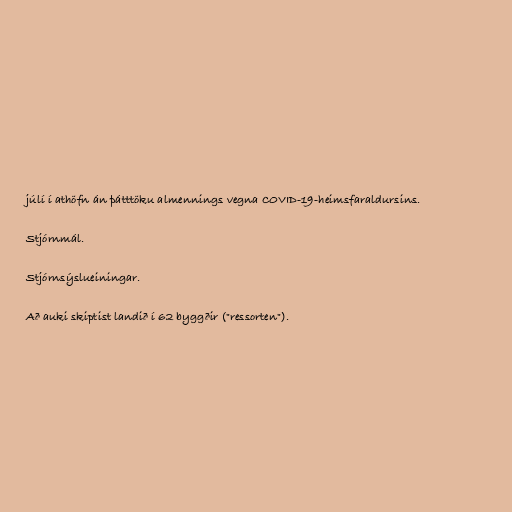
júlí í athöfn án þátttöku almennings vegna COVID-19-heimsfaraldursins.

Stjórnmál.

Stjórnsýslueiningar.

Að auki skiptist landið í 62 byggðir ("ressorten").